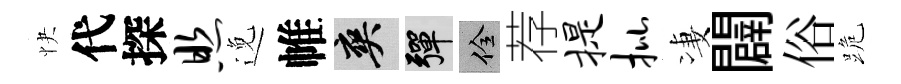
快代探照𨓜帷爽彈佺荐提批凄闢俗跪